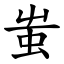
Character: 蚩